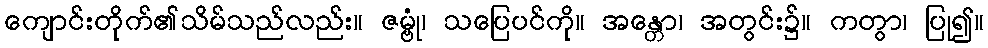
ကျောင်းတိုက်၏သိမ်သည်လည်း။ ဇမ္ဗုံ၊ သပြေပင်ကို။ အန္တော၊ အတွင်း၌။ ကတွာ၊ ပြု၍။